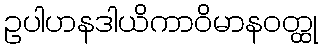
ဥပါဟနဒါယိကာဝိမာနဝတ္ထု